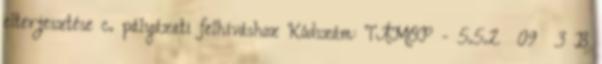
elterjesztése c. pályázati felhíváshoz Kódszám: TÁMOP - 5.5.2 09 3 B